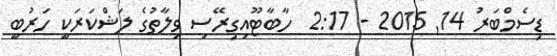
ޑިސެމްބަރު 14